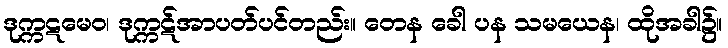
ဒုက္ကဋမေဝ၊ ဒုက္ကဋ်အာပတ်ပင်တည်း။ တေန ခေါ ပန သမယေန၊ ထိုအခါ၌။